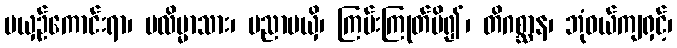
မယှဉ်ကောင်းရာ၊ မလိမ္မာသား၊ မညာမယှိ၊ ကြမ်းကြုတ်မိ၍၊ တိဂစ္ဆာန၊ ဘုံဝယ်ကျရှင့်၊